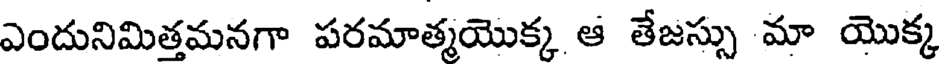
ఎందునిమిత్తమనగా పరమాత్మయొక్క ఆ తేజస్సు మా యొక్క